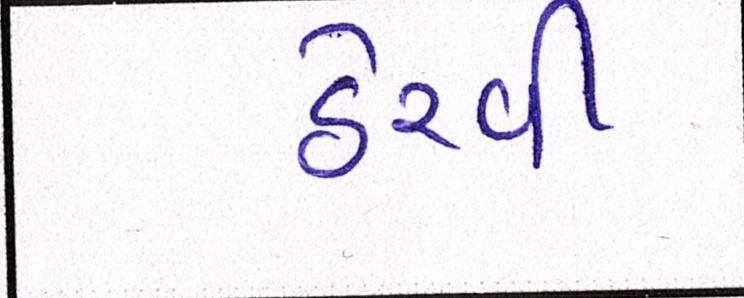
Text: ઠેરવી